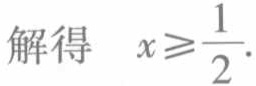
解得 \(x\geqslant\frac{1}{2}\)